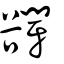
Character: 𧯋